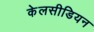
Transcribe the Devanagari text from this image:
केलसीडियन